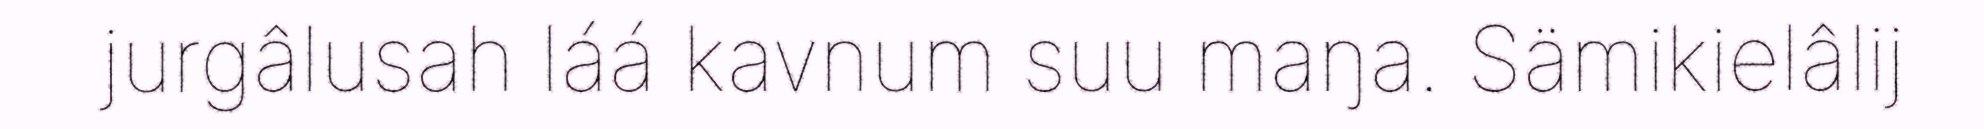
jurgâlusah láá kavnum suu maŋa. Sämikielâlij